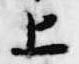
上